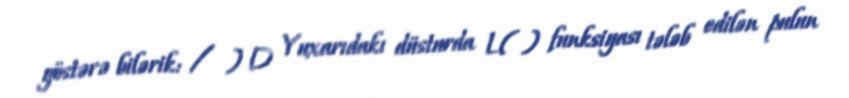
göstərə bilərik: / ) D Yuxarıdakı düsturda L( ) funksiyası tələb edilən pulun